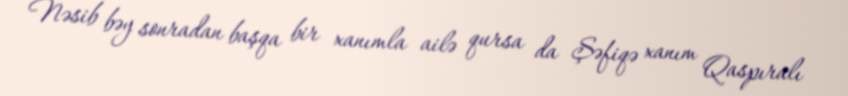
Nəsib bəy sonradan başqa bir xanımla ailə qursa da Şəfiqə xanım Qaspıralı